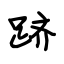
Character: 跻